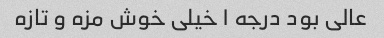
عالی بود درجه ۱ خیلی خوش مزه و تازه